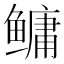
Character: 鳙